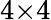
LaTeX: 4{\times}4